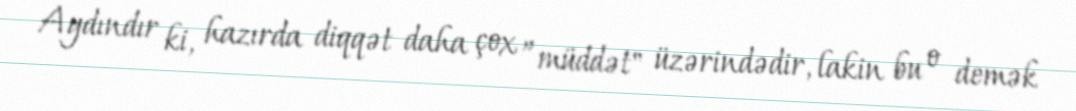
Aydındır ki, hazırda diqqət daha çox ”müddət" üzərindədir, lakin bu o demək